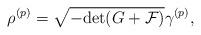
LaTeX: \begin{align*}\rho^{(p)} = \sqrt{- {\rm det} (G + {\cal F})} \gamma^{(p)},\end{align*}